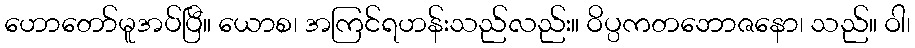
ဟောတော်မူအပ်ပြီ။ ယောစ၊ အကြင်ရဟန်းသည်လည်း။ ဝိပ္ပကတဘောဇနော၊ သည်။ ဝါ၊